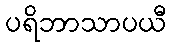
ပရိဘာသာပယီ